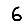
Digit: 6